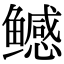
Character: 鳡